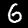
Label: 6